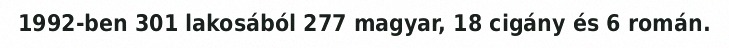
1992-ben 301 lakosából 277 magyar, 18 cigány és 6 román.